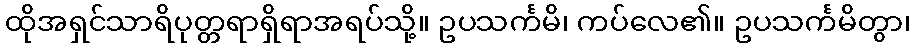
ထိုအရှင်သာရိပုတ္တရာရှိရာအရပ်သို့။ ဥပသင်္ကမိ၊ ကပ်လေ၏။ ဥပသင်္ကမိတွာ၊